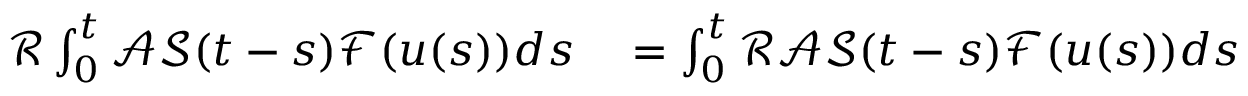
\begin{array} { r l } { \mathcal { R } \int _ { 0 } ^ { t } \mathcal { A } \mathcal { S } ( t - s ) \mathcal { F } ( u ( s ) ) d s } & { { } = \int _ { 0 } ^ { t } \mathcal { R } \mathcal { A } \mathcal { S } ( t - s ) \mathcal { F } ( u ( s ) ) d s } \end{array}